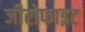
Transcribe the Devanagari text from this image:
जीरोफाइट